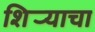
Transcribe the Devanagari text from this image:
शिर्‍याचा